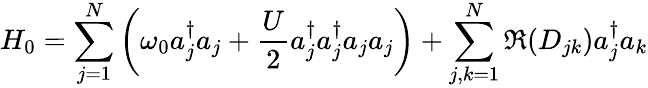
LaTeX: H_{0}=\sum_{j=1}^{N}\left(\omega_{0}a_{j}^{\dagger}a_{j}+\frac{U}{2}a_{j}^{\dagger}a_{j}^{\dagger}a_{j}a_{j}\right)+\sum_{j,k=1}^{N}\Re(D_{jk})a_{j}^{\dagger}a_{k}